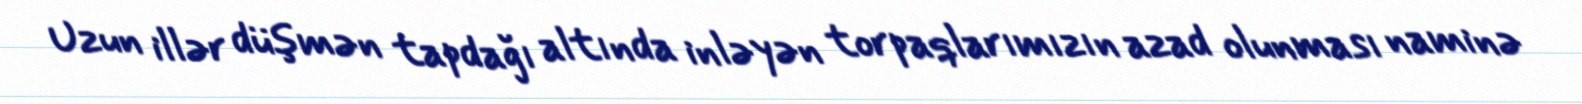
Uzun illər düşmən tapdağı altında inləyən torpaqlarımızın azad olunması naminə